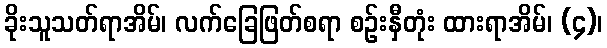
ခိုးသူသတ်ရာအိမ်၊ လက်ခြေဖြတ်စရာ စဉ်းနှီတုံး ထားရာအိမ်၊ (၄)၊